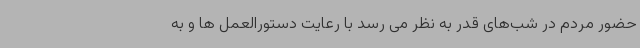
حضور مردم در شب‌های قدر به نظر می رسد با رعایت دستورالعمل ها و به